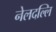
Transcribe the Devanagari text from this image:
नेलदल्लि